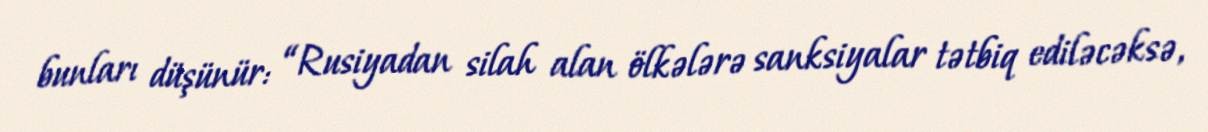
bunları düşünür: “Rusiyadan silah alan ölkələrə sanksiyalar tətbiq ediləcəksə,